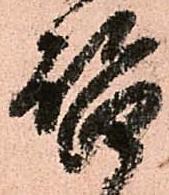
啓